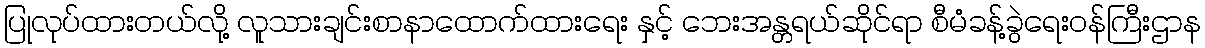
ပြုလုပ်ထားတယ်လို့ လူသားချင်းစာနာထောက်ထားရေး နှင့် ဘေးအန္တရယ်ဆိုင်ရာ စီမံခန့်ခွဲရေးဝန်ကြီးဌာန